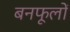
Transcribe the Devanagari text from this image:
बनफूलों